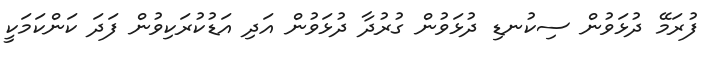
ފުރަމޭ ދުޅަވުން ސިކުނޑި ދުޅަވުން ގުރުދާ ދުޅަވުން އަދި އަޑުކުރަކިވުން ފަދަ ކަންކަމަކީ